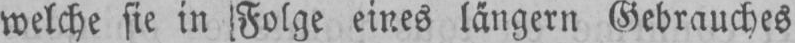
welche sie in Folge eines längern Gebrauches